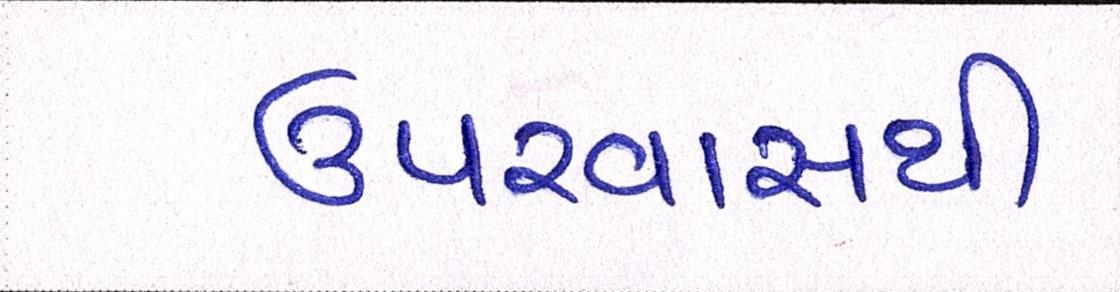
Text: ઉપરવાસથી